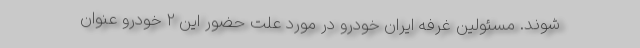
شوند. مسئولین غرفه ایران خودرو در مورد علت حضور این 2 خودرو عنوان